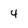
Character: 4